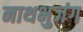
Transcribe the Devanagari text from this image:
नाथभुजंग